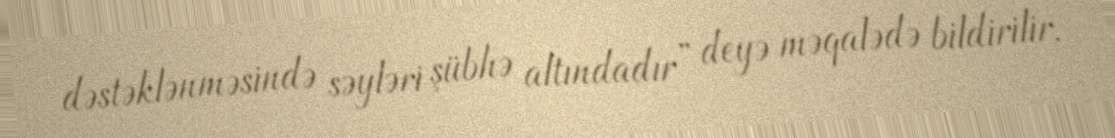
dəstəklənməsində səyləri şübhə altındadır” deyə məqalədə bildirilir.